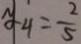
y _ { 4 } = \frac { 2 } { 5 }